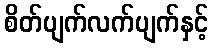
စိတ်ပျက်လက်ပျက်နှင့်